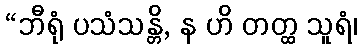
“ဘီရုံ ပသံသန္တိ, န ဟိ တတ္ထ သူရံ၊